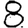
Digit: 8